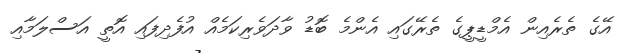
އޭގެ ތެރެއިން އެމްޑީޕީގެ ތެރޭގައި އެންމެ ބޮޑު ވާދަވެރިކަމެއް އުފެދިފައި އޮތީ އަސްލަމާއި